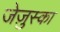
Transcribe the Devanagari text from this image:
जेज़ुस्का